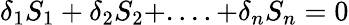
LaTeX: \delta_{1}S_{1}+\delta_{2}S_{2}+....+\delta_{n}S_{n}=0